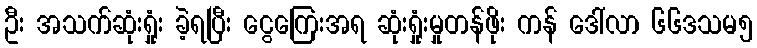
ဦး အသက်ဆုံးရှုံး ခဲ့ရပြီး ငွေကြေးအရ ဆုံးရှုံးမှုတန်ဖိုး ကန် ဒေါ်လာ ၆၆ဒသမ၅